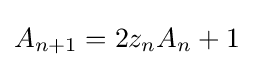
A_{n+1}=2z_{n}A_{n}+1